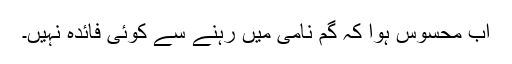
اب محسوس ہوا کہ گم نامی میں رہنے سے کوئی فائدہ نہیں۔